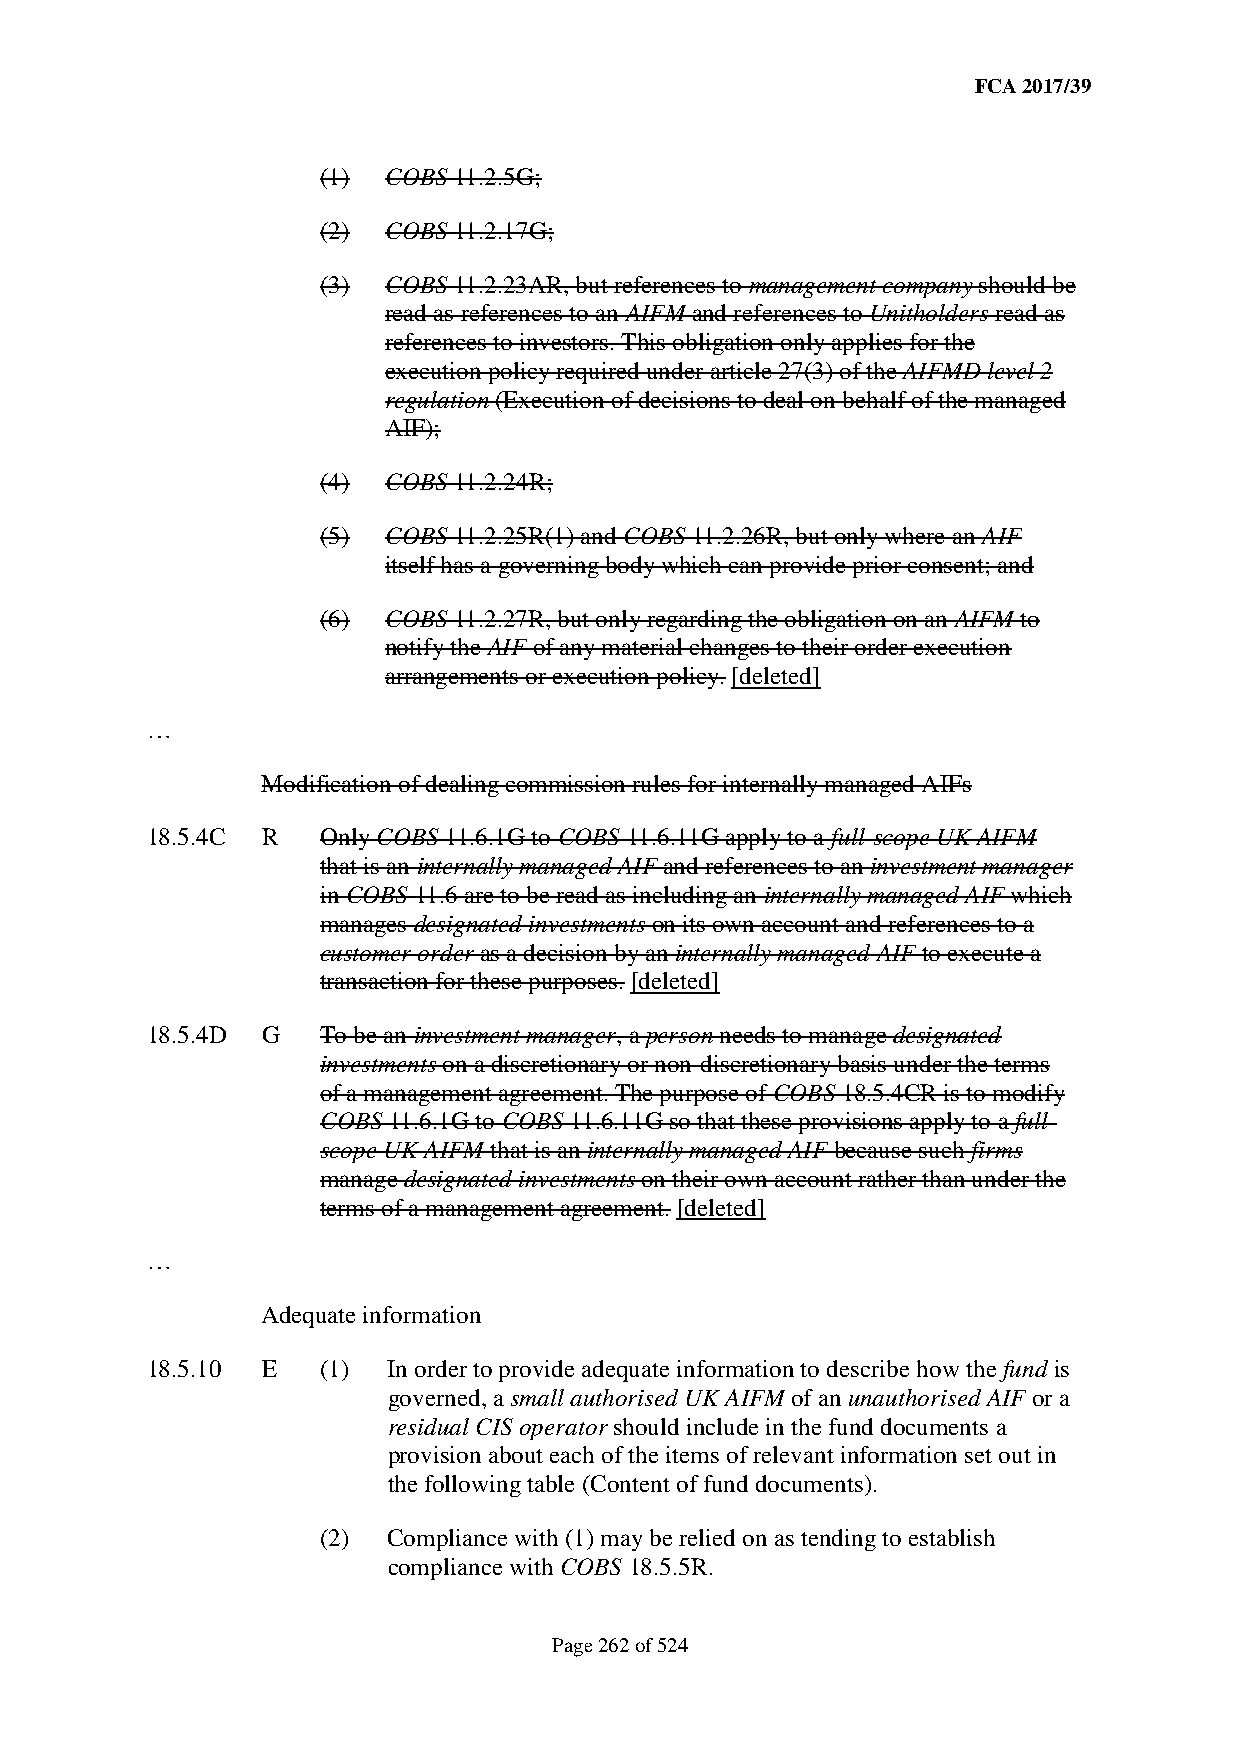
FCA 2017/39
 (1) COBS 11.2.5G;
 (2) COBS 11.2.17G;
 (3) COBS 11.2.23AR, but references to management company should be
 read as references to an AIFM and references to Unitholders read as
 references to investors. This obligation only applies for the
 execution policy required under article 27(3) of the AIFMD level 2
 regulation (Execution of decisions to deal on behalf of the managed
 AIF);
 (4) COBS 11.2.24R;
 (5) COBS 11.2.25R(1) and COBS 11.2.26R, but only where an AIF
 itself has a governing body which can provide prior consent; and
 (6) COBS 11.2.27R, but only regarding the obligation on an AIFM to
 notify the AIF of any material changes to their order execution
 arrangements or execution policy. [deleted]
 …
 Modification of dealing commission rules for internally managed AIFs
 18.5.4C R  Only COBS 11.6.1G to COBS 11.6.11G apply to a full-scope UK AIFM
 that is an internally managed AIF and references to an investment manager
 in COBS 11.6 are to be read as including an internally managed AIF which
 manages designated investments on its own account and references to a
 customer order as a decision by an internally managed AIF to execute a
 transaction for these purposes. [deleted]
 18.5.4D G  To be an investment manager, a person needs to manage designated
 investments on a discretionary or non-discretionary basis under the terms
 of a management agreement. The purpose of COBS 18.5.4CR is to modify
 COBS 11.6.1G to COBS 11.6.11G so that these provisions apply to a full-
 scope UK AIFM that is an internally managed AIF because such firms
 manage designated investments on their own account rather than under the
 terms of a management agreement. [deleted]
 …
 Adequate information
 18.5.10 E  (1)  In order to provide adequate information to describe how the fund is
 governed, a small authorised UK AIFM of an unauthorised AIF or a
 residual CIS operator should include in the fund documents a
 provision about each of the items of relevant information set out in
 the following table (Content of fund documents).
 (2)  Compliance with (1) may be relied on as tending to establish
 compliance with COBS 18.5.5R.
 Page 262 of 524